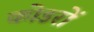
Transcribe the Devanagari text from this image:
कोडरों